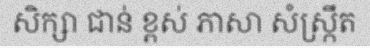
សិក្សា ជាន់ ខ្ពស់ ភាសា សំស្ក្រឹត